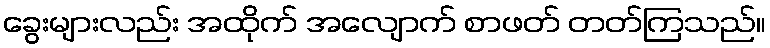
ခွေးများလည်း အထိုက် အလျောက် စာဖတ် တတ်ကြသည်။